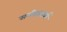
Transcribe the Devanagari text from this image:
समीक्षाकर्म